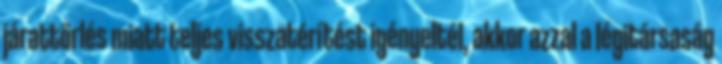
járattörlés miatt teljes visszatérítést igényeltél, akkor azzal a légitársaság